Insane asylums Bombay 1873-77 - 1873-1877
Year: 1873
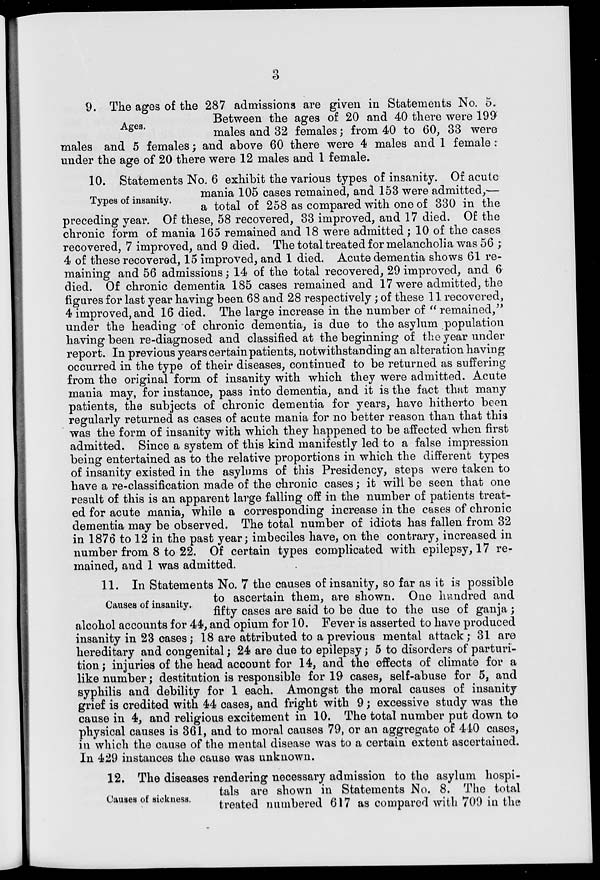
3
Ages.
9. The ages of the 287 admissions are given in Statements No. 5.
Between the ages of 20 and 40 there were 199
males and 32 females; from 40 to 60, 33 were
males and 5 females; and above 60 there were 4 males and 1 female :
under the age of 20 there were 12 males and 1 female.
Types of insanity.
10. Statements No. 6 exhibit the various types of insanity. Of acute
mania 105 cases remained, and 153 were admitted,—
a total of 258 as compared with one of 330 in the
preceding year. Of these, 58 recovered, 33 improved, and 17 died. Of the
chronic form of mania 165 remained and 18 were admitted ; 10 of the cases
recovered, 7 improved, and 9 died. The total treated for melancholia was 56 ;
4 of these recovered, 15 improved, and 1 died. Acute dementia shows 61 re-
maining and 56 admissions; 14 of the total recovered, 29 improved, and 6
died. Of chronic dementia 185 cases remained and 17 were admitted, the
figures for last year having been 68 and 28 respectively; of these 11 recovered,
4 improved, and 16 died. The large increase in the number of " remained,"
under the heading of chronic dementia, is due to the asylum population
having been re-diagnosed and classified at the beginning of the year under
report. In previous years certain patients, notwithstanding an alteration having
occurred in the type of their diseases, continued to be returned as suffering
from the original form of insanity with which they were admitted. Acute
mania may, for instance, pass into dementia, and it is the fact that many
patients, the subjects of chronic dementia for years, have hitherto been
regularly returned as cases of acute mania for no better reason than that this
was the form of insanity with which they happened to be affected when first
admitted. Since a system of this kind manifestly led to a false impression
being entertained as to the relative proportions in which the different types
of insanity existed in the asylums of this Presidency, steps were taken to
have a re-classification made of the chronic cases; it will be seen that one
result of this is an apparent large falling off in the number of patients treat-
ed for acute mania, while a corresponding increase in the cases of chronic
dementia may be observed. The total number of idiots has fallen from 32
in 1876 to 12 in the past year; imbeciles have, on the contrary, increased in
number from 8 to 22. Of certain types complicated with epilepsy, 17 re-
mained, and 1 was admitted.
Causes of insanity.
11. In Statements No. 7 the causes of insanity, so far as it is possible
to ascertain them, are shown. One hundred and
fifty cases are said to be due to the use of ganja ;
alcohol accounts for 44, and opium for 10. Fever is asserted to have produced
insanity in 23 cases; 18 are attributed to a previous mental attack ; 31 are
hereditary and congenital ; 24 are due to epilepsy ; 5 to disorders of parturi-
tion; injuries of the head account for 14, and the effects of climate for a
like number; destitution is responsible for 19 cases, self-abuse for 5, and
syphilis and debility for 1 each. Amongst the moral causes of insanity
grief is credited with 44 cases, and fright with 9 ; excessive study was the
cause in 4, and religious excitement in 10. The total number put down to
physical causes is 361, and to moral causes 79, or an aggregate of 440 cases,
in which the cause of the mental disease was to a certain extent ascertained.
In 429 instances the cause was unknown.
Causes of sickness.
12. The diseases rendering necessary admission to the asylum hospi-
tals are shown in Statements No. 8. The total
treated numbered 617 as compared with 709 in the